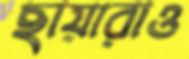
ছায়ারাও